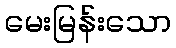
မေးမြန်းသော